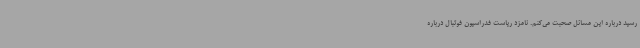
رسید درباره این مسائل صحبت می‌کنم. نامزد ریاست فدراسیون فوتبال درباره